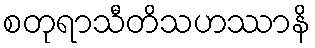
စတုရာသီတိသဟဿာနိ